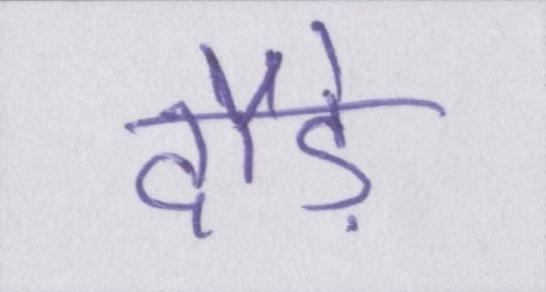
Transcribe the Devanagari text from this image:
दौड़े